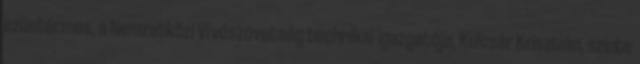
ezüstérmes, a Nemzetközi Vívószövetség technikai igazgatója, Kulcsár Krisztián, szinte